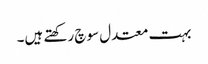
بہت معتدل سوچ رکھتے ہیں۔